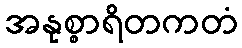
အနုစ္စာရိတကတံ